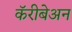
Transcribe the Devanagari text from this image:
कॅरीबेअन